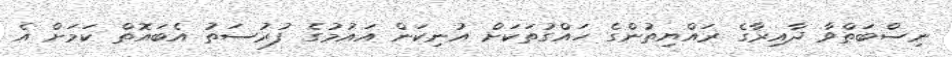
ނިސްބަތްވާ ދާއިރާގެ ރައްޔިތުންގެ ހައްގުތަކަށް އުނިކަން އައުމުގެ ފުރުސަތު އެބައޮތް ކަމަށް އެ